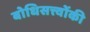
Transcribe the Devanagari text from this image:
बोधिसत्त्‍वोंकी